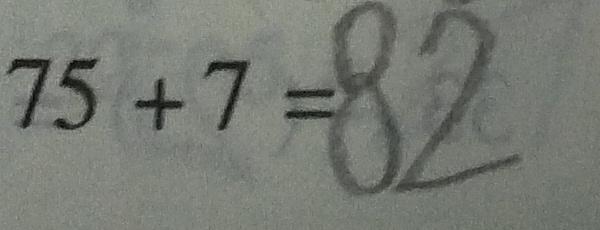
7 5 + 7 = 8 2